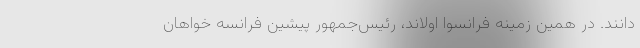
دانند. در همین زمینه فرانسوا اولاند، رئیس‌جمهور پیشین فرانسه خواهان